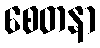
စေတနာ